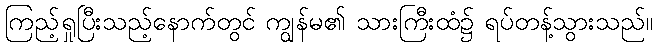
ကြည့်ရှုပြီးသည့်နောက်တွင် ကျွန်မ၏ သားကြီးထံ၌ ရပ်တန့်သွားသည်။